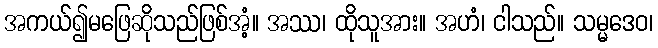
အကယ်၍မဖြေဆိုသည်ဖြစ်အံ့။ အဿ၊ ထိုသူအား။ အဟံ၊ ငါသည်။ သမ္မဒေဝ၊